Leaving Certificate Examination (including Day School Certificate (Higher) General paper), 1934
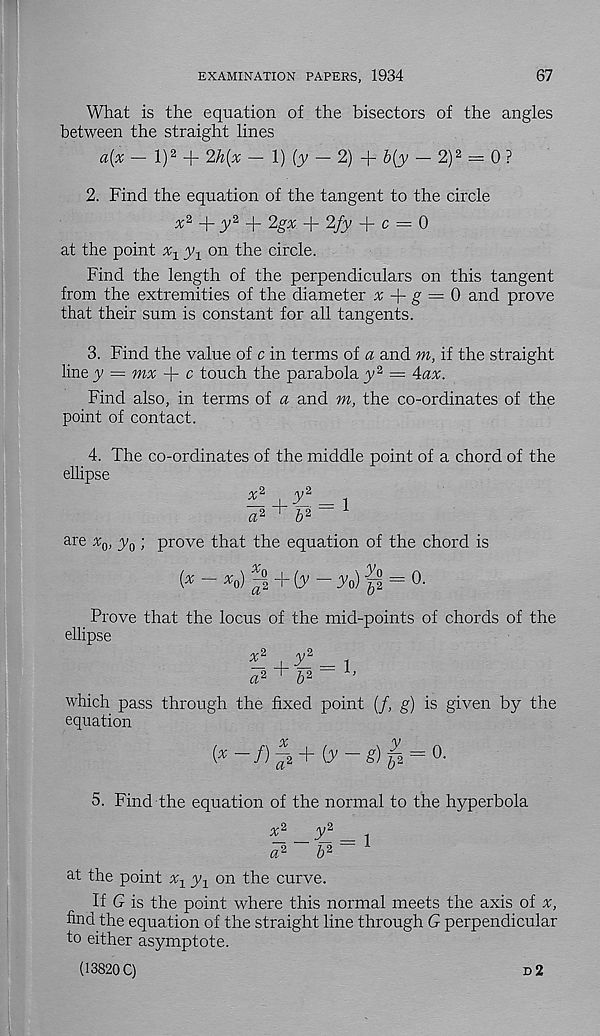
EXAMINATION PAPERS, 1934
67
What is the equation of the bisectors of the angles
between the straight lines
a{% — l) 2 + 2h{x ■— 1) (y —- 2) -f- b[y — 2) 2 = 0 ?
2. Find the equation of the tangent to the circle
^2 _j_ ^,2
2gx + 2fy -j- c = 0
at the point x 1
on the circle.
Find the length of the perpendiculars on this tangent
from the extremities of the diameter x -\- g = 0 and prove
that their sum is constant for all tangents.
3. Find the value of c in terms of a and m, if the straight
line y = mx + c touch the parabola y* = Aax.
Find also, in terms of a and m, the co-ordinates of the
point of contact.
4. The co-ordinates of the middle point of a chord of the
ellipse
x
~2 “I” A2 = 1
a* ' 6 2
are x Q , y Q ; prove that the equation of the chord is
[x — ^o) “2 + (T
To)-P = 0.
Prove that the locus of the mid-points of chords of the
ellipse
x 2
a 2 + b 2
which pass through the fixed point (/, g) is given by the
equation
y 2 _ i,
+ (y
e) l = o-
a* ' w
b 2
5. Find the equation of the normal to the hyperbola
x 2
T 2 _ i
- 2 - p - 1
at the point % y 1 on the curve.
If G is the point where this normal meets the axis of
find the equation of the straight line through G perpendicular
to either asymptote.
(13820 C)
d2